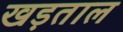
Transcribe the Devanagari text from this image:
खड़ताल